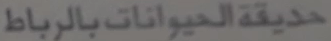
حديقةالحيواناتبالرب